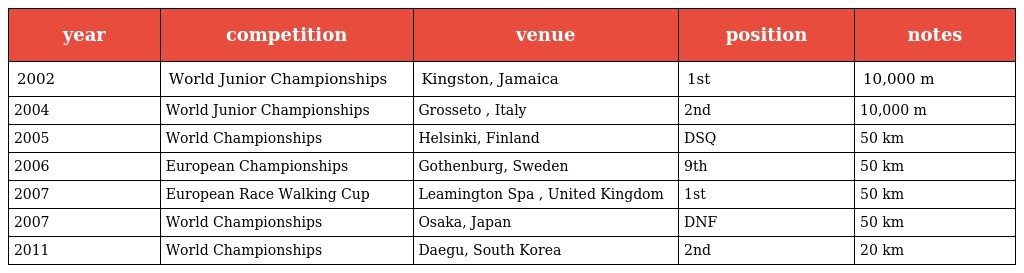
| year | competition | venue | position | notes |
 | --- | --- | --- | --- | --- |
 | 2002 | World Junior Championships | Kingston, Jamaica | 1st | 10,000 m |
 | 2004 | World Junior Championships | Grosseto , Italy | 2nd | 10,000 m |
 | 2005 | World Championships | Helsinki, Finland | DSQ | 50 km |
 | 2006 | European Championships | Gothenburg, Sweden | 9th | 50 km |
 | 2007 | European Race Walking Cup | Leamington Spa , United Kingdom | 1st | 50 km |
 | 2007 | World Championships | Osaka, Japan | DNF | 50 km |
 | 2011 | World Championships | Daegu, South Korea | 2nd | 20 km |